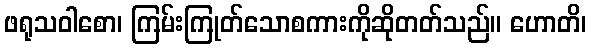
ဖရုသဝါစော၊ ကြမ်းကြုတ်သောစကားကိုဆိုတတ်သည်။ ဟောတိ၊